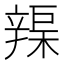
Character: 𨐣